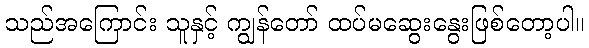
သည်အကြောင်း သူနှင့် ကျွန်တော် ထပ်မဆွေးနွေးဖြစ်တော့ပါ။